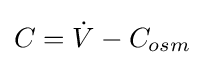
C={\dot {V}}-C_{osm}